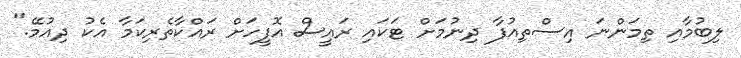
ލިބުމާއި ތިމަންނަ އިސްތިއުފާ ދިނުމަށް ޓަކައި ރައީސް އޮފީހަށް ރައްކާތެރިކަމާ އެކު ދިއުމޭ."